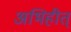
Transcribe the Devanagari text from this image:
अभिहीत्